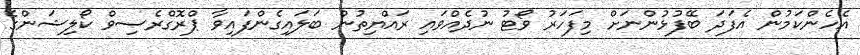
އެހެންކަމުން އެފަދަ ބޭފުޅުންނަށް މިފަހަރު ވޯޓު ނުދެއްވައި ރައްޔިތުން ބަލައިގެންފައިވާ ޕްރޮގްރެސިވް ކޯލިޝަންގެ